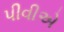
પીવીએ